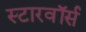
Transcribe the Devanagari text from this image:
स्टारवॉर्स